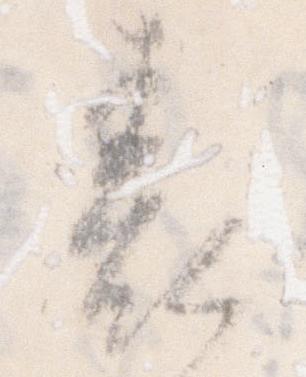
表